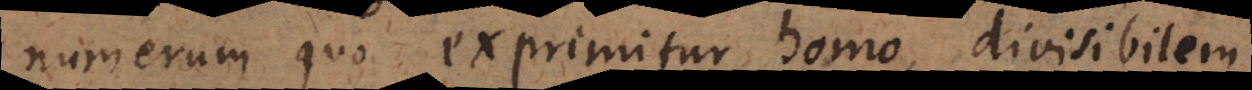
numerum quo exprimitur homo, divisibilem